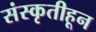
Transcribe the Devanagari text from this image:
संस्कृतीहून